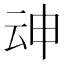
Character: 𱰦